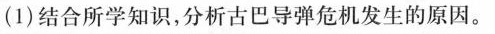
(1)结合所学知识，分析古巴导弹危机发生的原因。